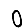
Digit: 0